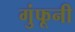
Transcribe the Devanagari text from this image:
गुंफूनी